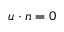
u \cdot n = 0